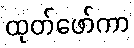
ထုတ်ဖော်ကာ